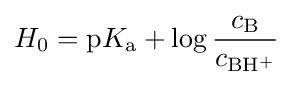
H_{0}={\rm {p}}K_{\rm {a}}+\log {{c_{\rm {B}}} \over {c_{\rm {BH^{+}}}}}